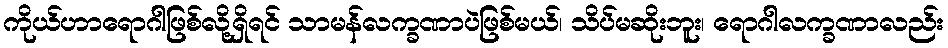
ကိုယ်ဟာရောဂါဖြစ်လို့ရှိရင် သာမန်လက္ခဏာပဲဖြစ်မယ်၊ သိပ်မဆိုးဘူး၊ ရောဂါလက္ခဏာလည်း